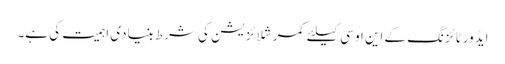
ایڈورٹائزنگ کے این او سی کیلئے کمرشلائزیشن کی شرط بنیادی اہمیت کی ہے۔